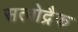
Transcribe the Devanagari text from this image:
सत्वोद्रैक